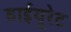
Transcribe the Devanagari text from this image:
डाईयूरेट